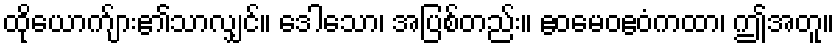
ထိုယောက်ျား၏သာလျှင်။ ဒေါသော၊ အပြစ်တည်း။ ဧဝမေဝဧဝံကထာ၊ ဤအတူ။